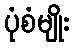
ပုံစံမျိုး